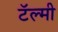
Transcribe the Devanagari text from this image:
टॅल्मी